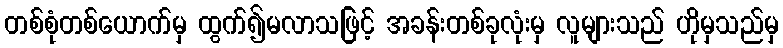
တစ်စုံတစ်ယောက်မှ ထွက်၍မလာသဖြင့် အခန်းတစ်ခုလုံးမှ လူများသည် ဟိုမှသည်မှ